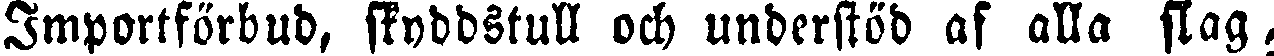
Importförbud, skyddstull och understöd af alla slag,